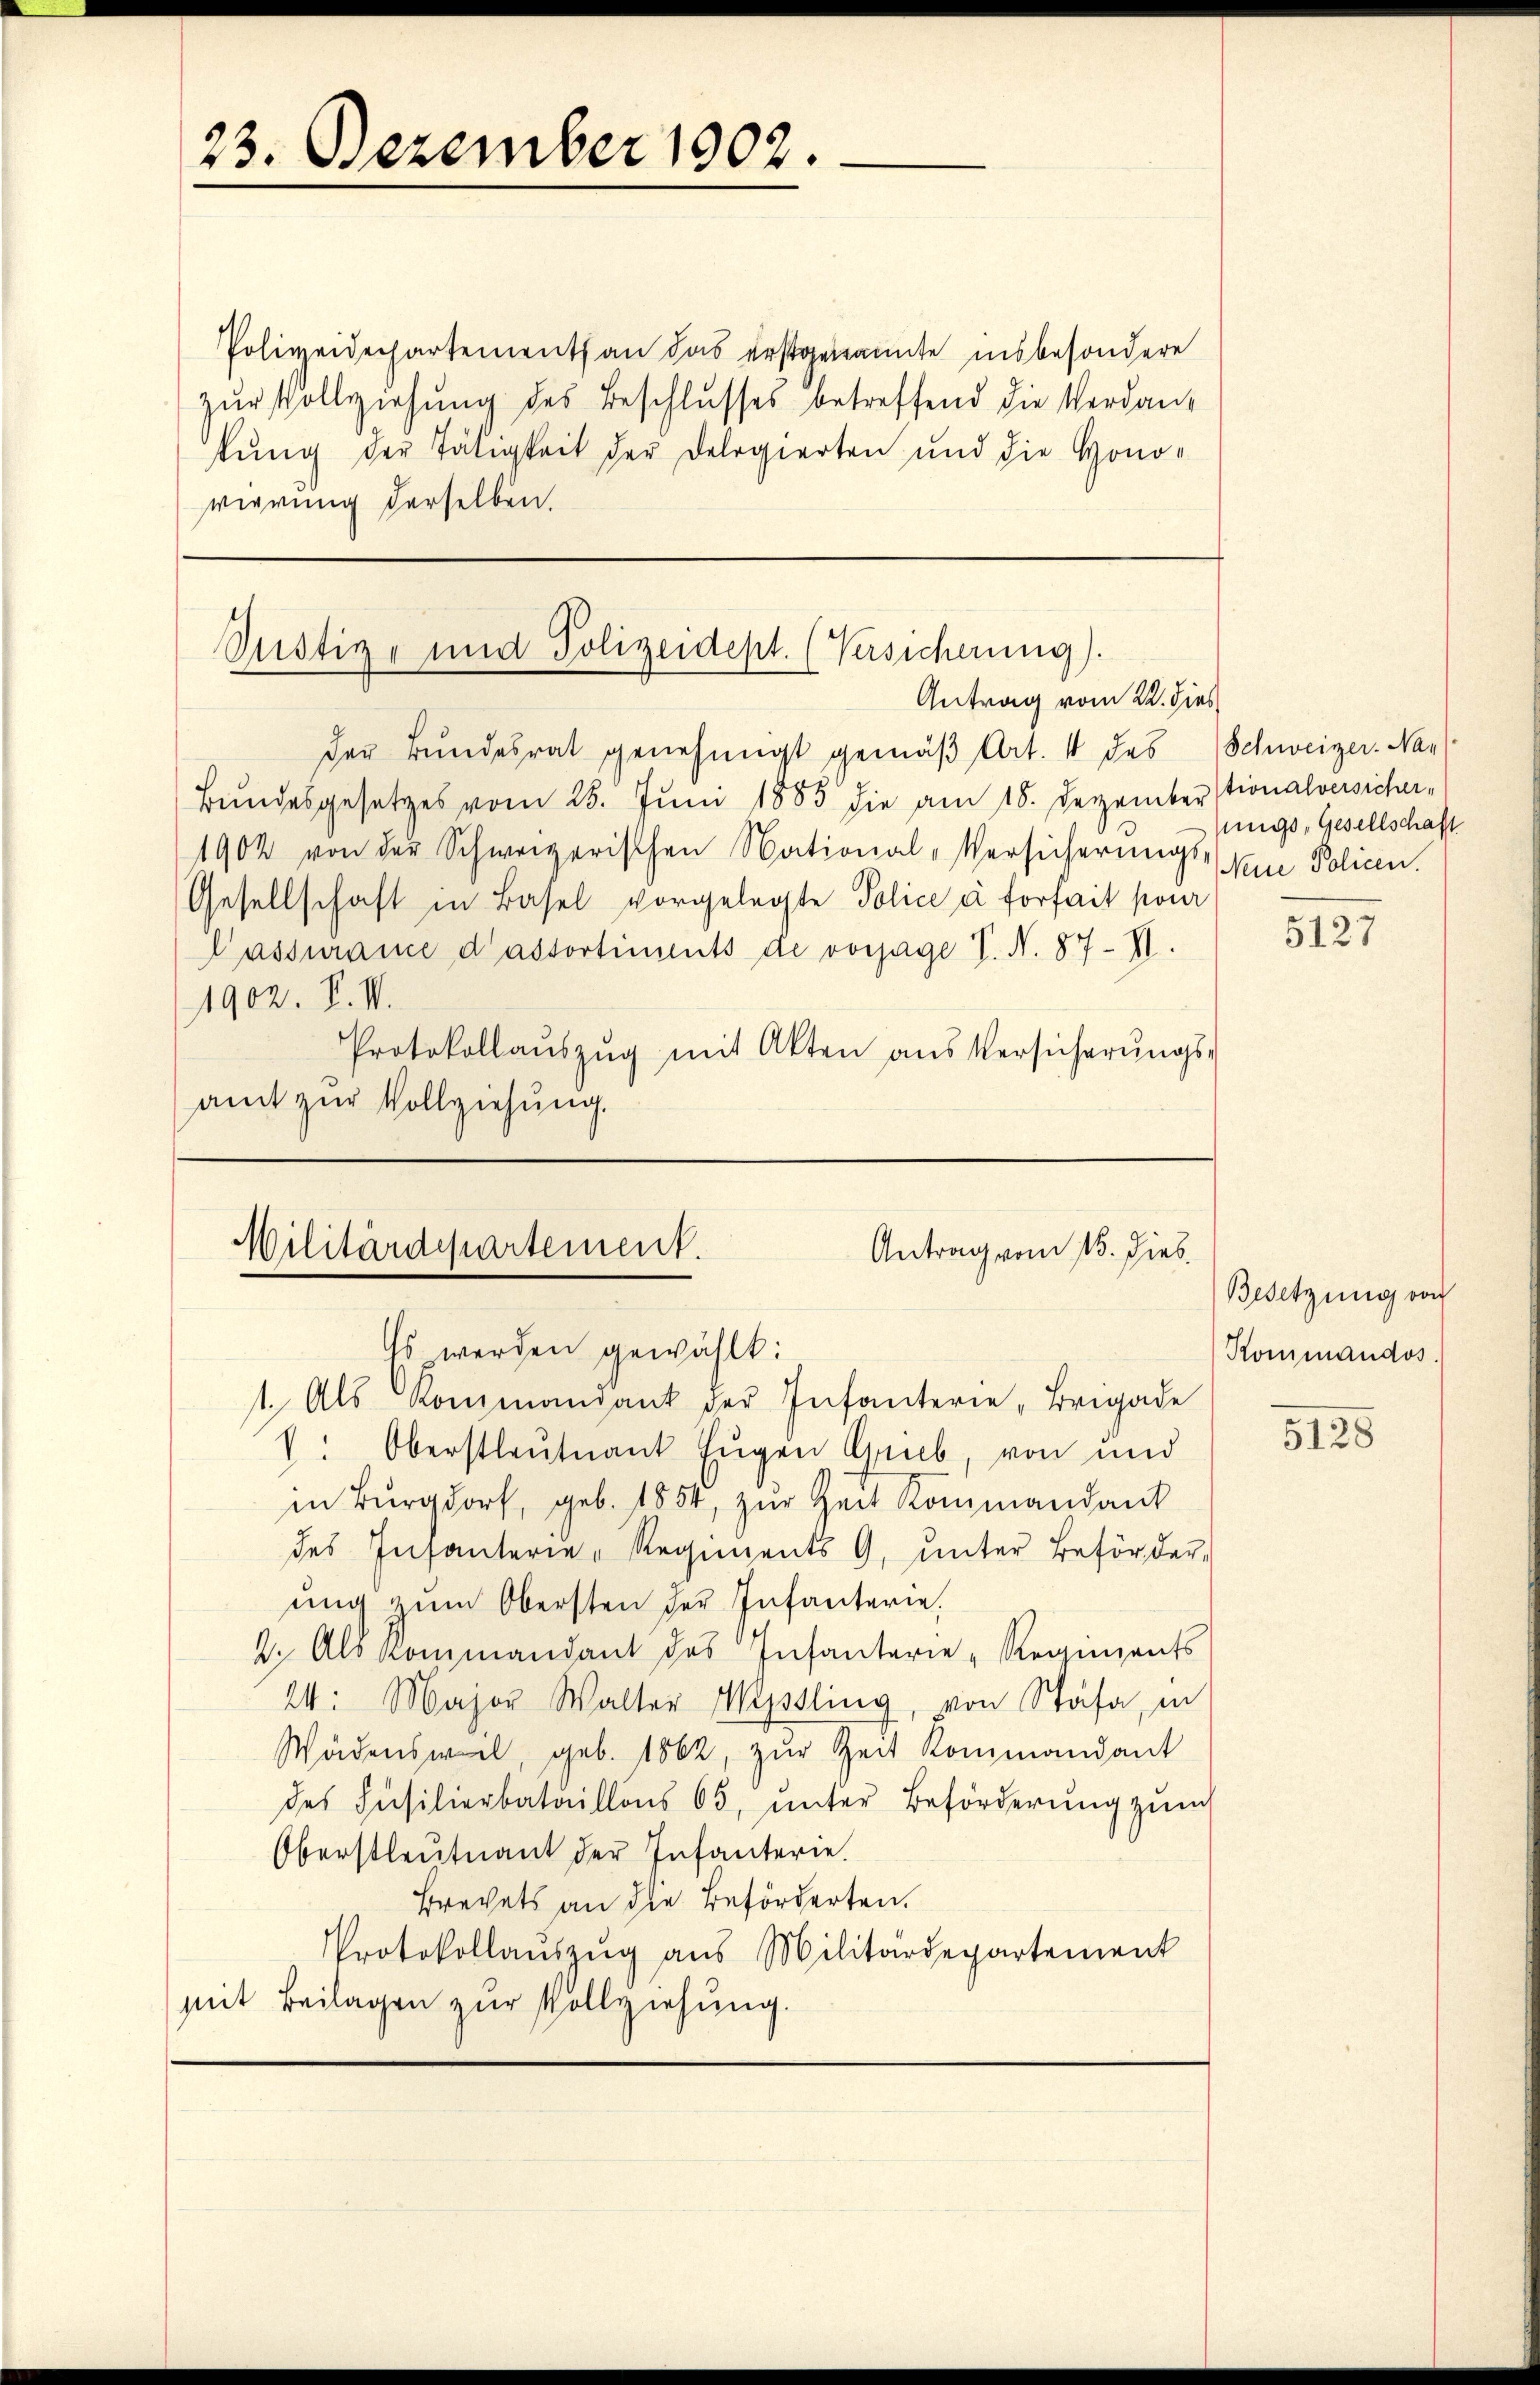
23. Dezember 1902.

Polizeidechartements an das erstgenannte insbesondere
zŭr Vollziehung des Beschlusses betreffend die Verdantŭng der Tätigkeit der Delegierten und die Hono-
vierung derselben.

Justiz- und Polizeidept. (Versicherung).
Antrag vom 22. dies
der Bundesrat genehmigt gemäβ Art. 1 des Schweizer. Na-

Bŭndesgesetzes vom 25. Jŭni 1883 die am 18. Dezember stionalversicher,
1902 von der Schweizerischen National-Versicherungs-, Neue Policen.
Gesellschaft in Basel vorgelegte Police à forfait pour
Passurame dassortiments de vorjage V. N. 87. II.
1902. P. V.
Protokollaŭszŭg mit Akten aus Versicherŭngs-
amt zur Vollziehung.

Militärdepartement.
Antrag vom 13. Dieb.
Es werden gewählt:
1. Als Kommandant der Infanterie „Brigade

sungs-Gesellschaft

V. Oberstleutnant Eugen Grieb, von und
in Burgdorf, geb. 1854, zŭr Zeit Kommandant
des Infanterie-Regiments G. ŭnter Beförder-
ŭng zŭm Obersten der Infanterie.
2. Als kommandant des Infanterie-Regiments
24: Major Walter Missling, von Stäfa, in
Wädensweil, geb. 1862, zŭr Zeit Kommandant
des Füsilierbataillons 65, ŭnter Beförderung zum
Oberstleutnant der Infanterie.
Brevets an die Beförderten.
Protokollauszug aus Militärdepartement
mit Beilagen zur Vollziehung.

5127

Besetzung von
Kommandos.

5128